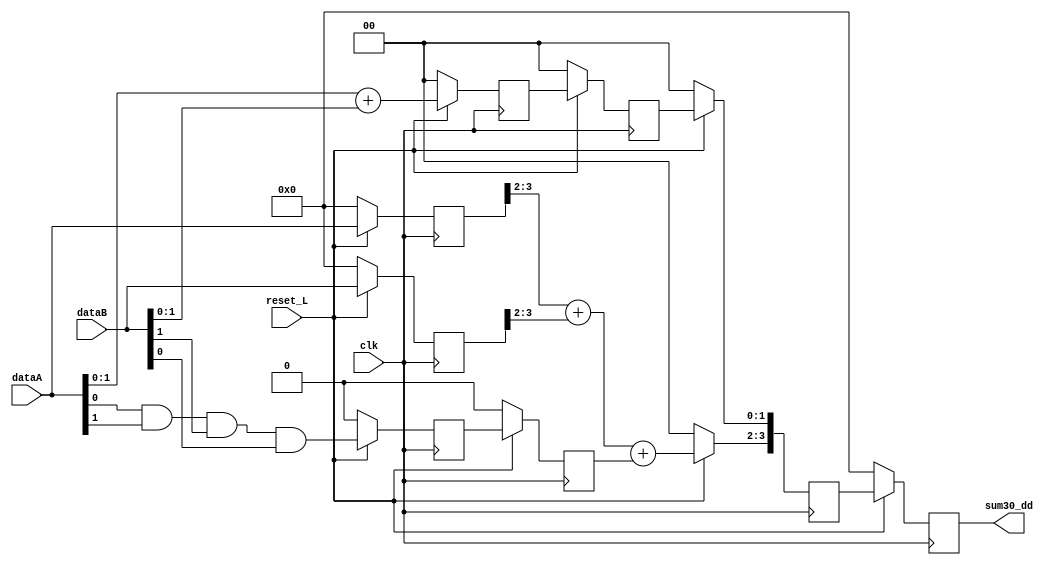
module sum_pipe_cond (
                     input            clk,
                     input            reset_L,
                     input [3:0]      dataA,
                     input [3:0]      dataB,
                     output reg [3:0] sum30_dd
                     );

   reg [1:0]                     sum10;
   reg [1:0]                     sum10_d;

   reg [3:0]                     dataA_d;
   reg [3:0]                     dataB_d;

   reg                           acarreo;
   reg                           acarreo_d;

   reg [3:0]                     sum30_d;

   always @ (posedge clk) begin
      if (!reset_L) begin
         sum30_dd <= 0;

         sum10 <= 0;
         sum10_d <= 0;

         dataA_d <= 4'b0;
         dataB_d <= 4'b0;

         acarreo <= 0;
         acarreo_d <= 0;

         sum30_d <= 0;

      end else begin // if (!reset_L)

         // etapa 1
         sum10 <= dataA[1:0] + dataB[1:0];
         acarreo <= dataA[0] & dataA[1] & dataB[1] & dataB[0];

         sum10_d <= sum10;
         acarreo_d <= acarreo;

         dataA_d <= dataA;
         dataB_d <= dataB;

         // etapa 2
         sum30_d[3:2] <= dataA_d[3:2] + dataB_d[3:2] + acarreo_d;
         sum30_d[1:0] <= sum10_d;

         sum30_dd <= sum30_d;

      end // else: !if(!reset_L)
   end // always @ (posedge clk)

endmodule